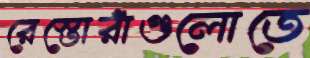
রেস্তোরাঁগুলোতে